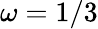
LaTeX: \omega=1/3